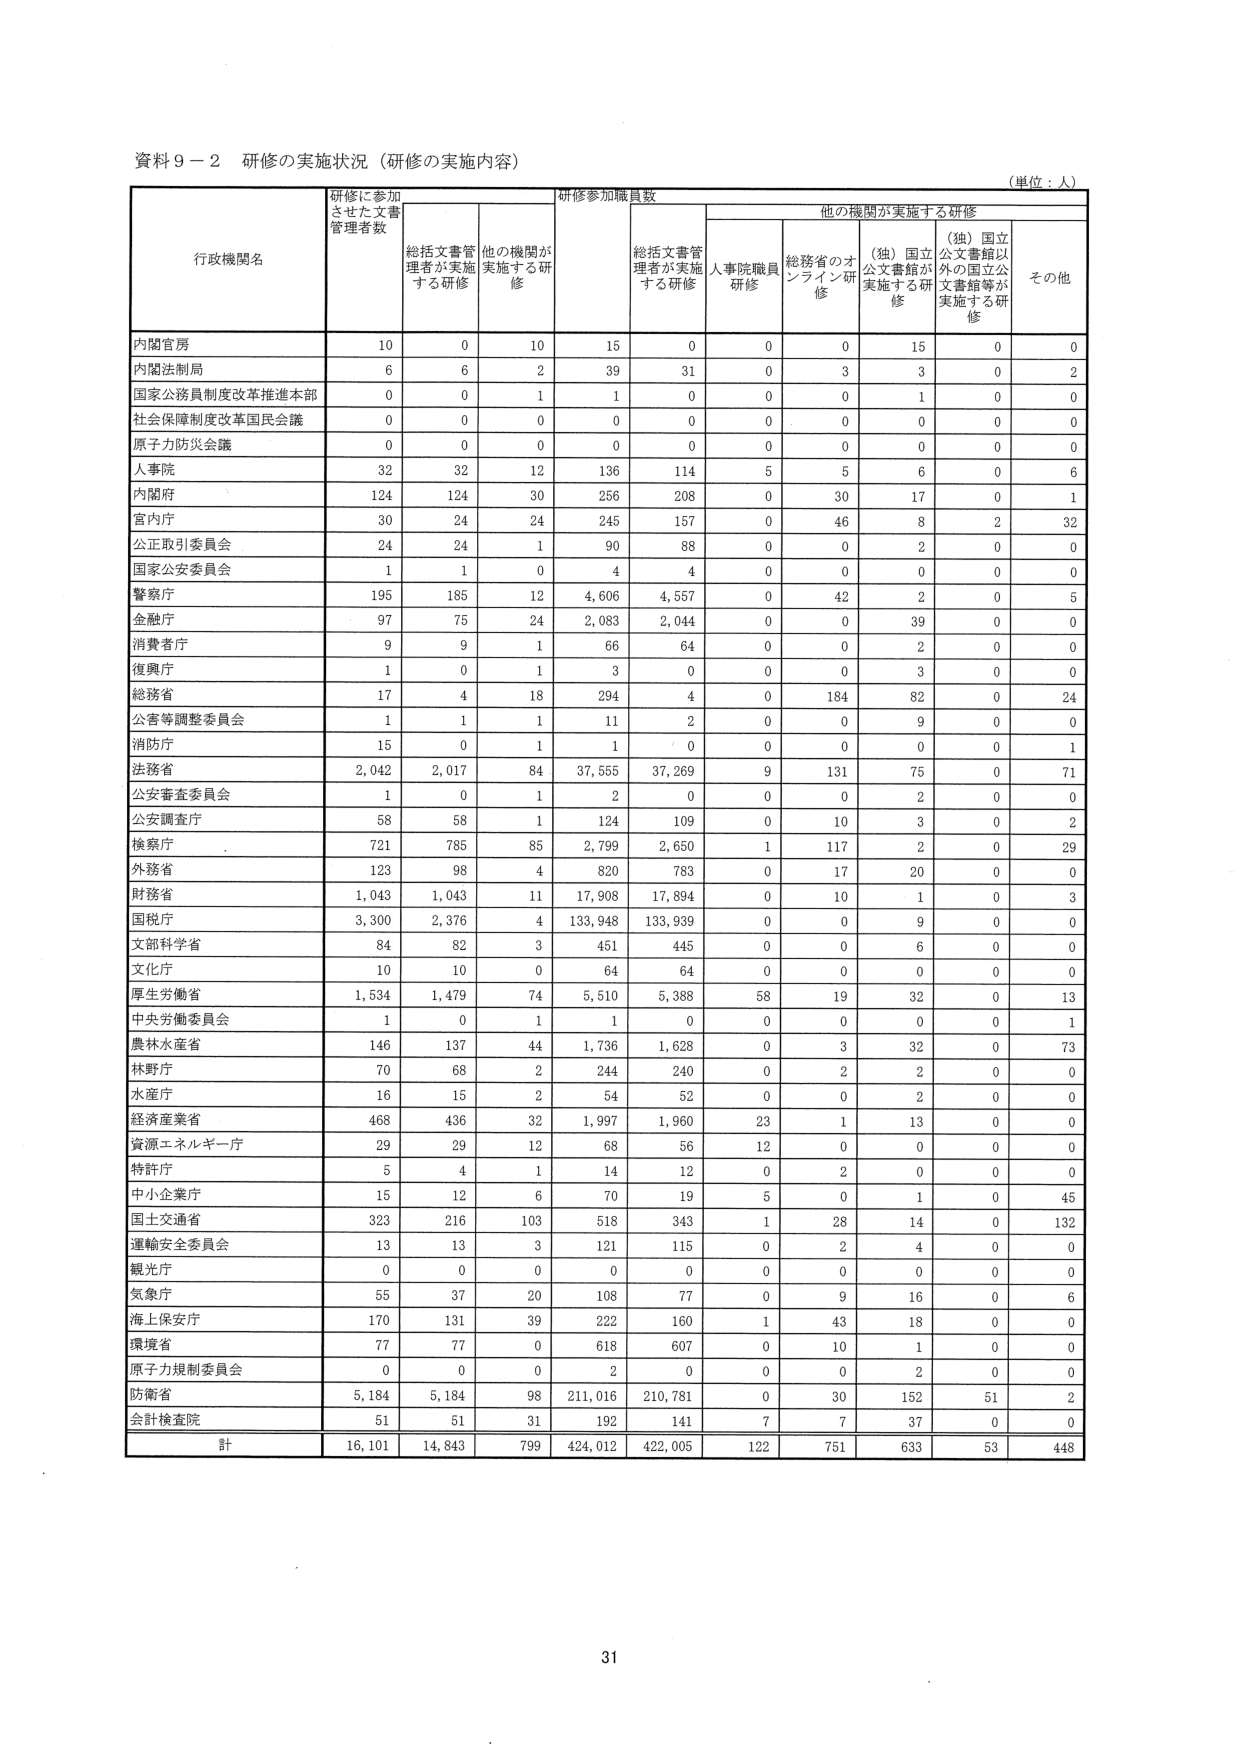
資料９－２ 研修の実施状況（研修の実施内容）
（単位：人）

行政機関名 研修に参加させた文書管理者数 研修参加職員数 他の機関が実施する研修
　　総括文書管理者が実施する研修 他の機関が実施する研修 総括文書管理者が実施する研修 人事院職員研修 総務省のオンライン研修 （独）国立公文書館が実施する研修 （独）国立公文書館以外の国立公文書館等が実施する研修 その他

内閣官房 10 0 10 15 0 0 0 15 0 0
内閣法制局 6 6 2 39 31 0 3 3 0 2
国家公務員制度改革推進本部 0 0 1 1 0 0 0 1 0 0
社会保障制度改革国民会議 0 0 0 0 0 0 0 0 0 0
原子力防災会議 0 0 0 0 0 0 0 0 0 0
人事院 32 32 12 136 114 5 5 6 0 6
内閣府 124 124 30 256 208 0 30 17 0 1
宮内庁 30 24 24 245 157 0 46 8 2 32
公正取引委員会 24 24 1 90 88 0 0 2 0 0
国家公安委員会 1 1 0 4 4 0 0 0 0 0
警察庁 195 185 12 4,606 4,557 0 42 2 0 5
金融庁 97 75 24 2,083 2,044 0 0 39 0 0
消費者庁 9 9 1 66 64 0 0 2 0 0
復興庁 1 0 1 3 0 0 0 3 0 0
総務省 17 4 18 294 4 0 184 82 0 24
公害等調整委員会 1 1 1 11 2 0 0 9 0 0
消防庁 15 0 1 1 0 0 0 0 0 1
法務省 2,042 2,017 84 37,555 37,269 9 131 75 0 71
公安審査委員会 1 0 1 2 0 0 0 2 0 0
公安調査庁 58 58 1 124 109 0 10 3 0 2
検察庁 721 785 85 2,799 2,650 1 117 2 0 29
外務省 123 98 4 820 783 0 17 20 0 0
財務省 1,043 1,043 11 17,908 17,894 0 10 1 0 3
国税庁 3,300 2,376 4 133,948 133,939 0 0 9 0 0
文部科学省 84 82 3 451 445 0 0 6 0 0
文化庁 10 10 0 64 64 0 0 0 0 0
厚生労働省 1,534 1,479 74 5,510 5,388 58 19 32 0 13
中央労働委員会 1 0 1 1 0 0 0 0 0 1
農林水産省 146 137 44 1,736 1,628 0 3 32 0 73
林野庁 70 68 2 244 240 0 2 2 0 0
水産庁 16 15 2 54 52 0 0 2 0 0
経済産業省 468 436 32 1,997 1,960 23 1 13 0 0
資源エネルギー庁 29 29 12 68 56 12 0 0 0 0
特許庁 5 4 1 14 12 0 2 0 0 0
中小企業庁 15 12 6 70 19 5 0 1 0 45
国土交通省 323 216 103 518 343 1 28 14 0 132
運輸安全委員会 13 13 3 121 115 0 2 4 0 0
観光庁 0 0 0 0 0 0 0 0 0 0
気象庁 55 37 20 108 77 0 9 16 0 6
海上保安庁 170 131 39 222 160 1 43 18 0 0
環境省 77 77 0 618 607 0 10 1 0 0
原子力規制委員会 0 0 0 2 0 0 0 2 0 0
防衛省 5,184 5,184 98 211,016 210,781 0 30 152 51 2
会計検査院 51 51 31 192 141 7 7 37 0 0

計 16,101 14,843 799 424,012 422,005 122 751 633 53 448

31